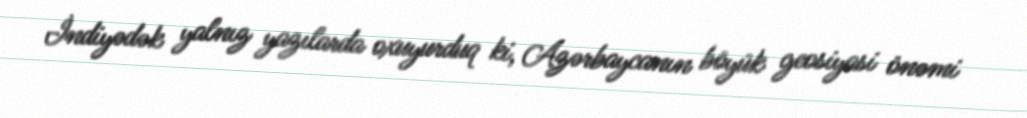
İndiyədək yalnız yazılarda oxuyurduq ki, Azərbaycanın böyük geosiyasi önəmi